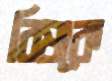
বিষকে